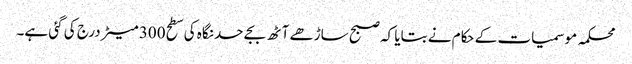
محکمہ موسمیات کے حکام نے بتایا کہ صبح ساڑھے آٹھ بجے حد نگاہ کی سطح 300 میٹر درج کی گئی ہے۔